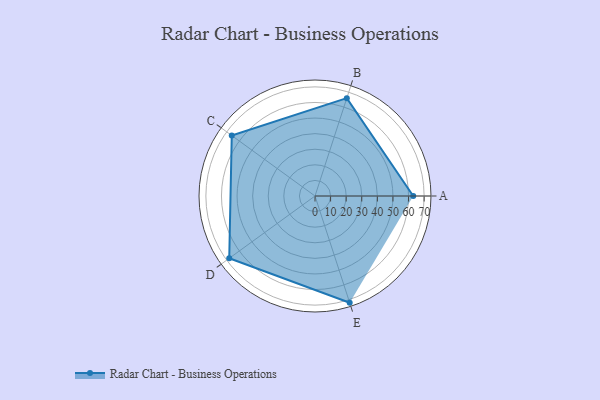
{"axis": {"x": "Skill", "y": "Score"}, "legend": ["Profile"], "data": [{"x": "A", "y": 63.0, "type": "Profile"}, {"x": "B", "y": 66.0, "type": "Profile"}, {"x": "C", "y": 66.0, "type": "Profile"}, {"x": "D", "y": 68.0, "type": "Profile"}, {"x": "E", "y": 72.0, "type": "Profile"}]}